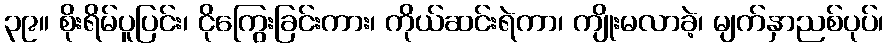
၃၉။ စိုးရိမ်ပူပြင်း၊ ငိုကြွေးခြင်းကား၊ ကိုယ်ဆင်းရဲကာ၊ ကျိုးမလာခဲ့၊ မျက်နှာညစ်ပုပ်၊